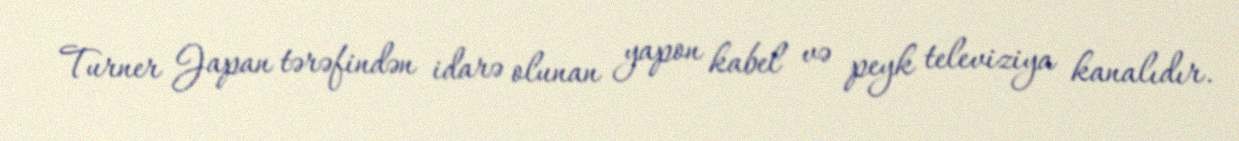
Turner Japan tərəfindən idarə olunan yapon kabel və peyk televiziya kanalıdır.